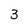
Character: 3